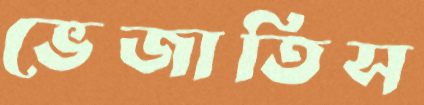
ভেজাতিস